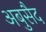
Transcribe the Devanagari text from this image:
अबुसैद